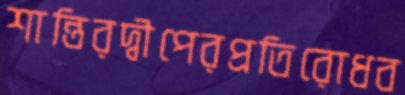
শান্তিরদ্বীপেরপ্রতিরোধব